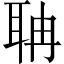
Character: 聃